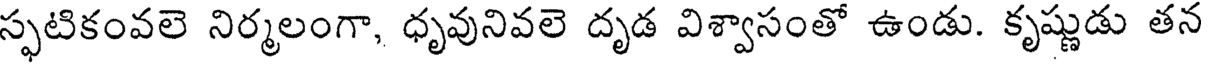
స్ఫటికంవలె నిర్మలంగా, ధృవునివలె దృడ విశ్వాసంతో ఉండు. కృష్ణుడు తన